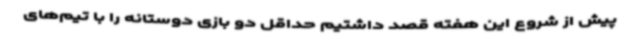
پیش از شروع این هفته قصد داشتیم حداقل دو بازی دوستانه را با تیم‌های